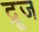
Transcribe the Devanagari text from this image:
द्रूज